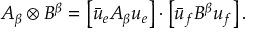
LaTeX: A _ { \beta } \otimes B ^ { \beta } = \left[ \bar { u } _ { e } A _ { \beta } u _ { e } \right] \cdot \left[ \bar { u } _ { f } B ^ { \beta } u _ { f } \right] .